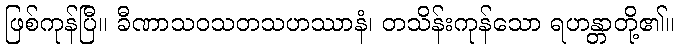
ဖြစ်ကုန်ပြီ။ ခီဏာသဝသတသဟဿာနံ၊ တသိန်းကုန်သော ရဟန္တာတို့၏။